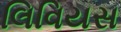
લિવિયસ